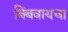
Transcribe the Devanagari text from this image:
बिंबवायचा